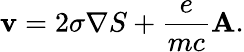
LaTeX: {\mathbf v}=2\sigma{\mathbf\nabla}S+\frac{e}{mc}{\mathbf A}.